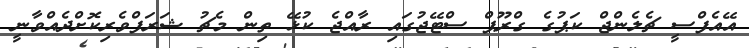
އޭއެފްސީ ޗެލެންޖް ކަޕުގެ ގްރޫޕް ސްޓޭޖުގައި ރާއްޖެ ކުޅޭ ތިން މެޗު ޝަރަފްވެރިކޮށްދެއްވާނީ